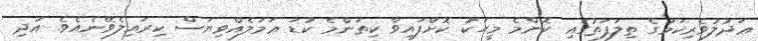
ޢަދުލުވެރިކަމުގެ ތިލަފަތުގައި ކޮންމެ މީހަކު ކޮށްފައިވާ ކިތަންމެ ކުޑަ ޢަމަލެއްވިޔަސް ކިރައިލެވޭނެއެވެ. އަދި